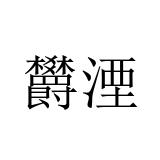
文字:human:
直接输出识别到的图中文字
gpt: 欝湮